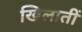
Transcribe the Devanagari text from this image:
खिलातीं